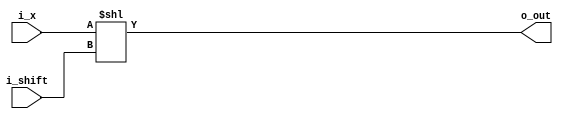
module Nshiftleft(i_x, i_shift, o_out);
	parameter N=4;
	
	input [N-1:0] i_x;
	input [4:0] i_shift;
	output [N-1:0] o_out;
	
	//assign o_out = {{i_shift{1'b0}},i_x[N-1:i_shift]};
	assign o_out = i_x<<i_shift;
endmodule